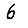
Digit: 6